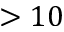
> 1 0